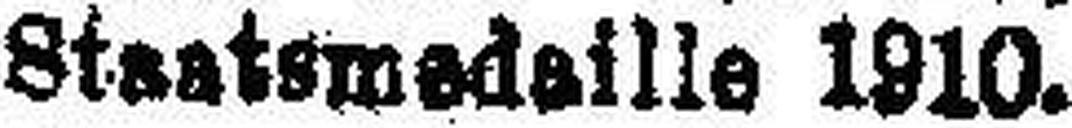
Staatsmedaille 1910.